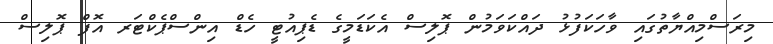
މިރަސްމިއްޔާތުގައި ވާހަކަފުޅު ދައްކަވަމުން ޕޮލިސް އެކަޑަމީގެ ޑެޕިއުޓީ ހެޑް އިންސްޕެކްޓަރ އޮފް ޕޮލިސް